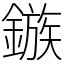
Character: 鏃